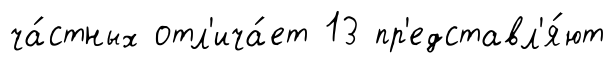
ча́стных отл'ича́ет 13 пр'едставл'я́ют